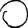
Digit: 0